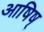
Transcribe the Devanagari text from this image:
आषिष्